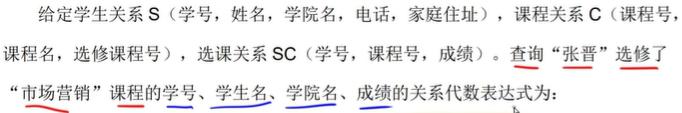
给定学生关系 $S$（学号，姓名，学院名，电话，家庭住址），课程关系 $C$（课程号，课程名，选修课程号），选课关系 $SC$（学号，课程号，成绩）。查询 “张晋” 选修了 “市场营销” 课程的学号、学生名、学院名、成绩的关系代数表达式为：